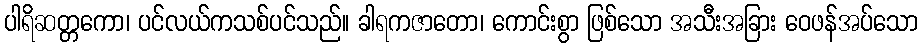
ပါရိဆတ္တကော၊ ပင်လယ်ကသစ်ပင်သည်။ ခါရကဇာတော၊ ကောင်းစွာ ဖြစ်သော အသီးအခြား ဝေဖန်အပ်သော